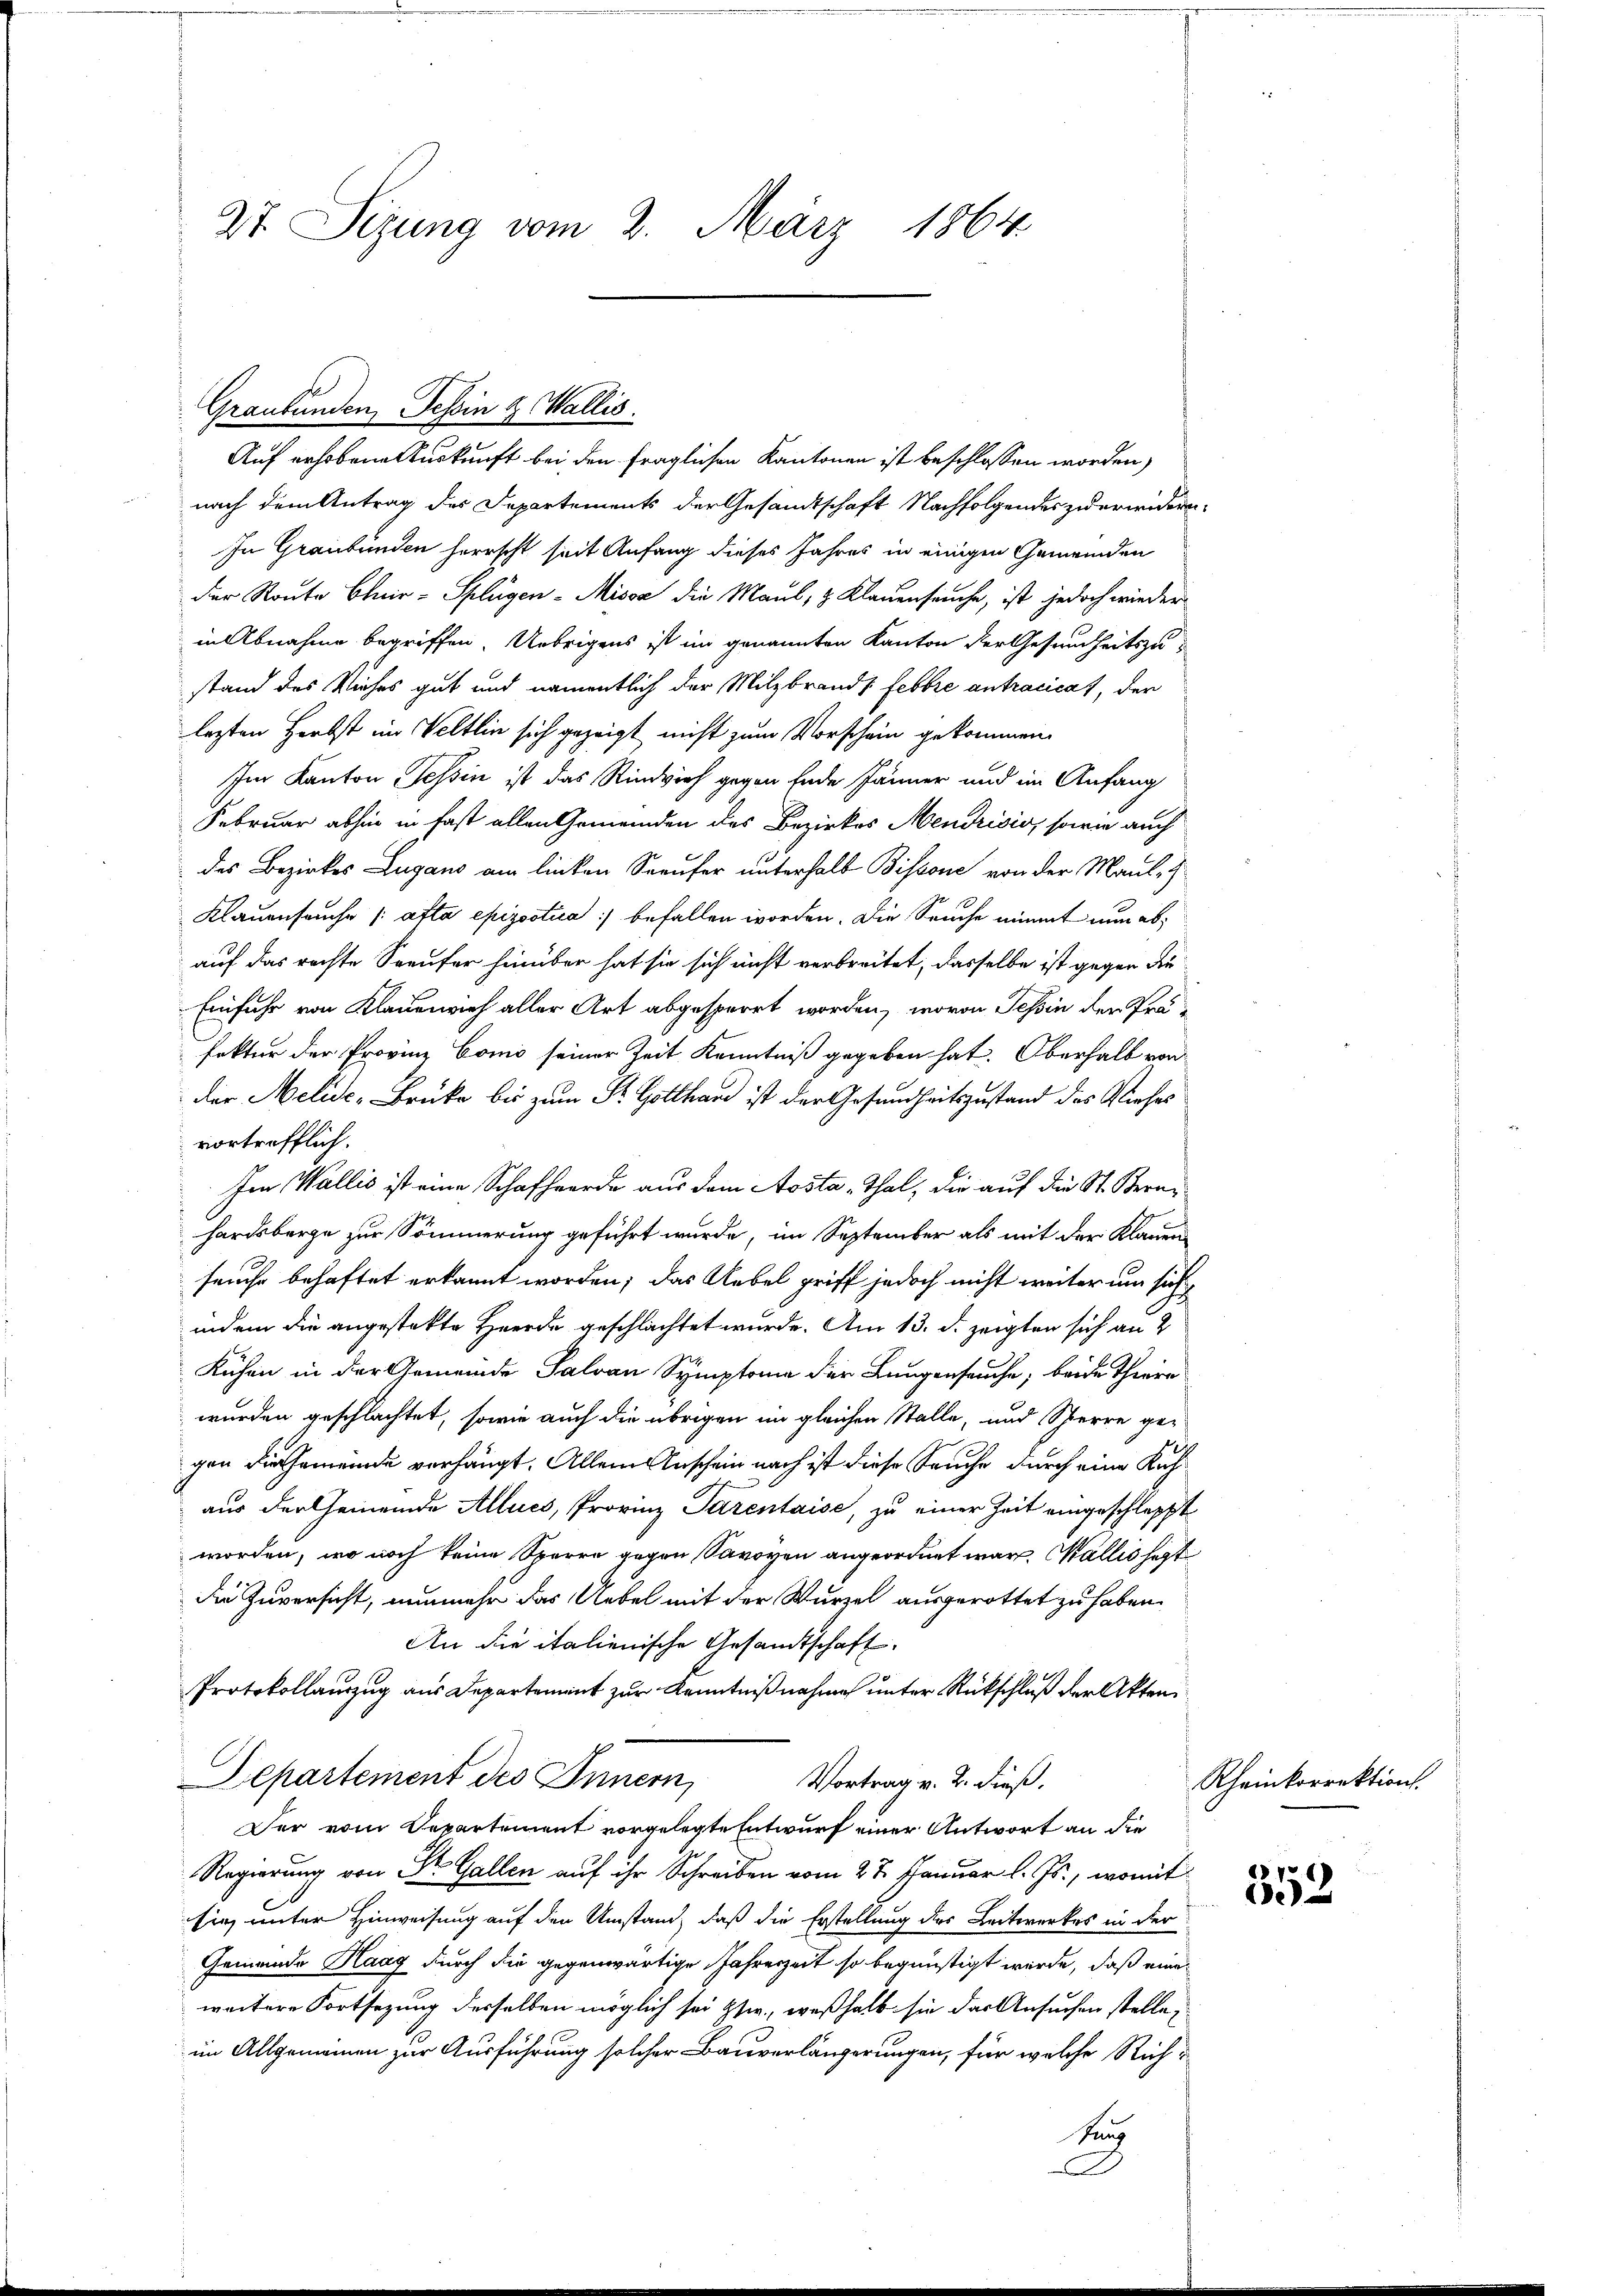
27. Seizung vom 2. März 1864.

Graubünden, Tessin & Wallis.

Auf erhobene Auskunft bei den fraglichen Kantonen ist beschlossen worden,
nach dem Antrag des Departements der Gesandtschaft Nachfolgendes zu erwidern
In Graubünden herrscht seit Anfang dieses Jahres in einigen Gemeinden
der Route Clair-Splügen - Missa die Maul, & Klauenseuche, ist jedoch wieder
in Abnahme begriffen. Übrigens ist im genannten Kanton der Gesundheitszustand des Kirches gut und namentlich der Milzbrands febbre antracicat, der
lezten Herbst im Veltlin sich gezeigt nicht zum Vorschein gekommen.
Im Kanton Tessin ist das Rindvieh gegen Ende Jänner und im Anfang
Februar abhin in fast allen Gemeinden des Bezirkes Mendrisis, sowie auch
des Bezirkes Lugano am linken Seeufer unterhalb Bissone von der Maul-
Klauenseuche |: atta epizootica befallen worden. Die Seuche nimmt nun abauf das rechte Seeufer hinüber hat sie sich nicht verbreitet, dasselbe ist gegen die
Einfuhr von Klauenrich aller Art abgesperrt worden, wovon Tessin der Präfekter der Provinz Como seiner Zeit Kenntniß gegeben hat. Oberhalb von
der Melide-Brüke bis zum Sr. Gotthard ist der Gesundheitszustand des Viehes
vortrefflich.
Im Wallis ist eine Schafherde aus dem Aosta -Thal, die auf die St. Sternhardsberge zur Sömmerung geführt wurde, im September als mit der Klauen
seuche behaftet erkannt worden; das Uebel griff jedoch nicht weiter um sich
indem die angestatte Heerde geschlachtet wurde. Am 13. d. zeigten sich an 2
Kühen in der Gemeinde Salvan Symptoma der Lungenseuche; beide Thiere
wurden geschlachtet, sowie auch die übrigen im gleichen Stelle, und Sperre ge-
gen die Gemeinde verhängt. Allein Anschein nach ist diese Seuche durch eine Kuhaus der Gemeinde Allues, Provinz Parentaise, zu einer Zeit eingeschleppt
worden, wo noch keine Sperre gegen Savoyen angeordnet war. Wallis sagt
die Zuversicht, nunmehr das Uebel mit der Wurzel ausgerottet zu haben.
An die italienische Gesandtschaft
Protokollauszug aus Departement zur Kenntniß nahme unter Rückschluß der Akten
Separtement des Innern,
Vortrag v. 2. dieß.
Der vom Departement vorgelegte Entwurf einer Antwort an die
Regierung von Dr. Gallen auf ihr Schreiben vom 27. Januar l. Js., womit
sie unter Hinweisung auf den Umstand, daß die Erstellung des Leitwerkes in der
Gemeinde Haag durch die gegenwärtige Jahreszeit so begünstigt wurde, daß eine
weitere Fortsezung desselben möglich sei Hsw., weßhalb sie das Ansuchen stelle,
im Allgemeinen zur Ausführung solcher Bauverlängerungen, für welche Rich¬
Kun
x

Rheinkorrektion.

3152